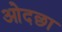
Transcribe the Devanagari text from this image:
ओदछा